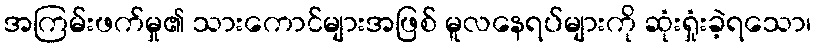
အကြမ်းဖက်မှု၏ သားကောင်များအဖြစ် မူလနေရပ်များကို ဆုံးရှုံးခဲ့ရသော၊